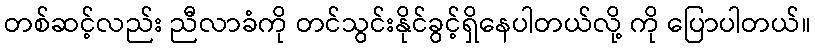
တစ်ဆင့်လည်း ညီလာခံကို တင်သွင်းနိုင်ခွင့်ရှိနေပါတယ်လို့ ကို ပြောပါတယ်။